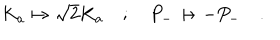
LaTeX: K _ { a } \mapsto \sqrt { 2 } K _ { a } \quad ; \quad P _ { - } \mapsto - P _ { - } \quad .